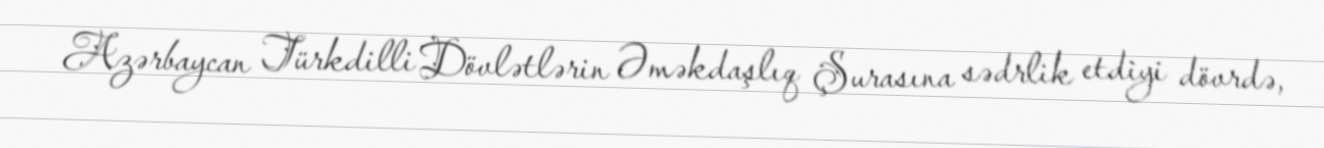
Azərbaycan Türkdilli Dövlətlərin Əməkdaşlıq Şurasına sədrlik etdiyi dövrdə,